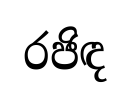
රජිඳ